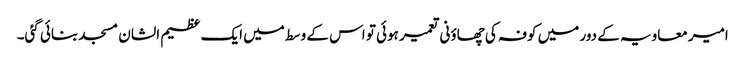
امیر معاویہ کے دور میں کوفہ کی چھاؤنی تعمیر ہوئی تو اس کے وسط میں ایک عظیم الشان مسجد بنائی گئی۔